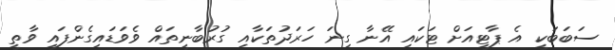
ސަބަބަކީ އެ ޕާޓީއަށް ޓަކައި އޭނާ ގިނަ ހަރަދުތަކާއި ގުރުބާނީތައް ވެވަަޑައިގެންފައި ވާތީ